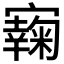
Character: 𡫭